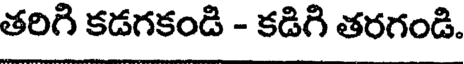
తరిగి కడగకండి - కడిగి తరగండి.